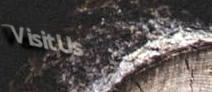
VisitUs